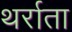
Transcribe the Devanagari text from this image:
थर्राता